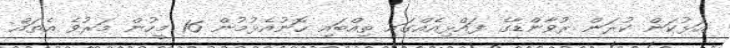
އަޅުކަން ކުރަން ރުވާންޑާގެ ފައްޅިއެއްގައި ތިއްބައި ހޮނުއެޅުމުން 16 މީހުން މަރުވެ އެތައް